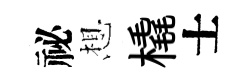
祕想橇士